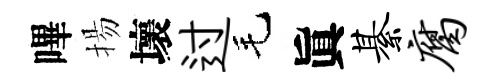
嗶揚壞过毛眞綦腐